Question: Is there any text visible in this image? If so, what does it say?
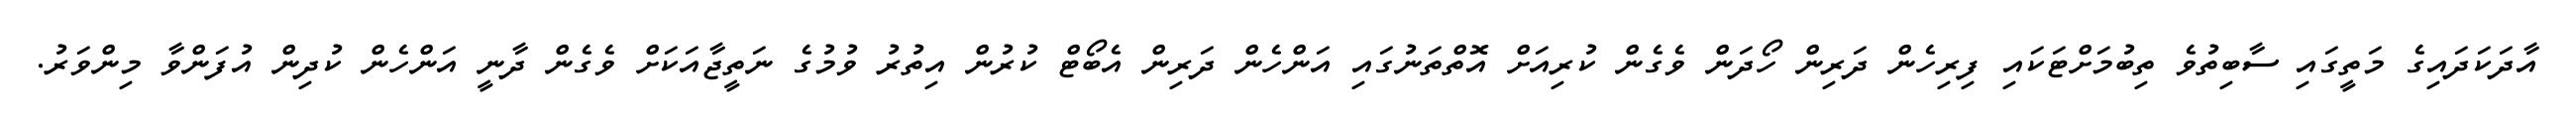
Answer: އާދަކަދައިގެ މަތީގައި ސާބިތުވެ ތިބުމަށްޓަކައި ފިރިހެން ދަރިން ހޯދަން ވެގެން ކުރިއަށް އޮތްތަނުގައި އަންހެން ދަރިން އެބޯޓް ކުރުން އިތުރު ވުމުގެ ނަތީޖާއަކަށް ވެގެން ދާނީ އަންހެން ކުދިން އުފަންވާ މިންވަރު.